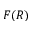
F ( R )